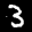
Label: 3